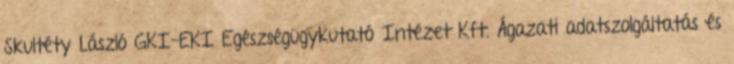
Skultéty László GKI-EKI Egészségügykutató Intézet Kft. Ágazati adatszolgáltatás és